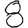
Digit: 8